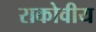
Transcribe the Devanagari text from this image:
राकोवीय